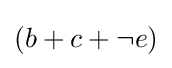
{\textstyle (b+c+\neg e)}